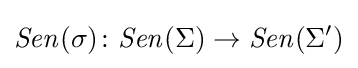
{\mathit {Sen}}(\sigma )\colon {\mathit {Sen}}(\Sigma )\to {\mathit {Sen}}(\Sigma ')